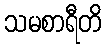
သမစာရီတိ